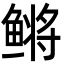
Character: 鳉